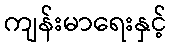
ကျန်းမာရေးနှင့်